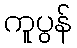
ကူပွန်